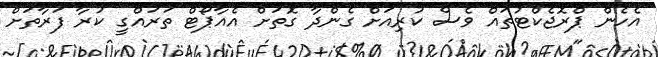
އެހެން ޕްރޮޖެކްޓުތައް ވެސް ކުރިއަށް ގެންދާ ގޮތަށް އެއާޕޯޓް ތަރައްގީ ކުރާ ފަރާތަށް